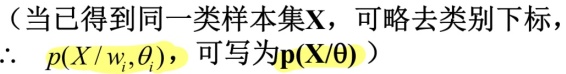
（当已得到同一类样本集$\mathbf{X}$，可略去类别下标，$\therefore\ p(X / w_i,\theta_i)$，可写为$\mathbf{p}(\mathbf{X}/\theta)$）